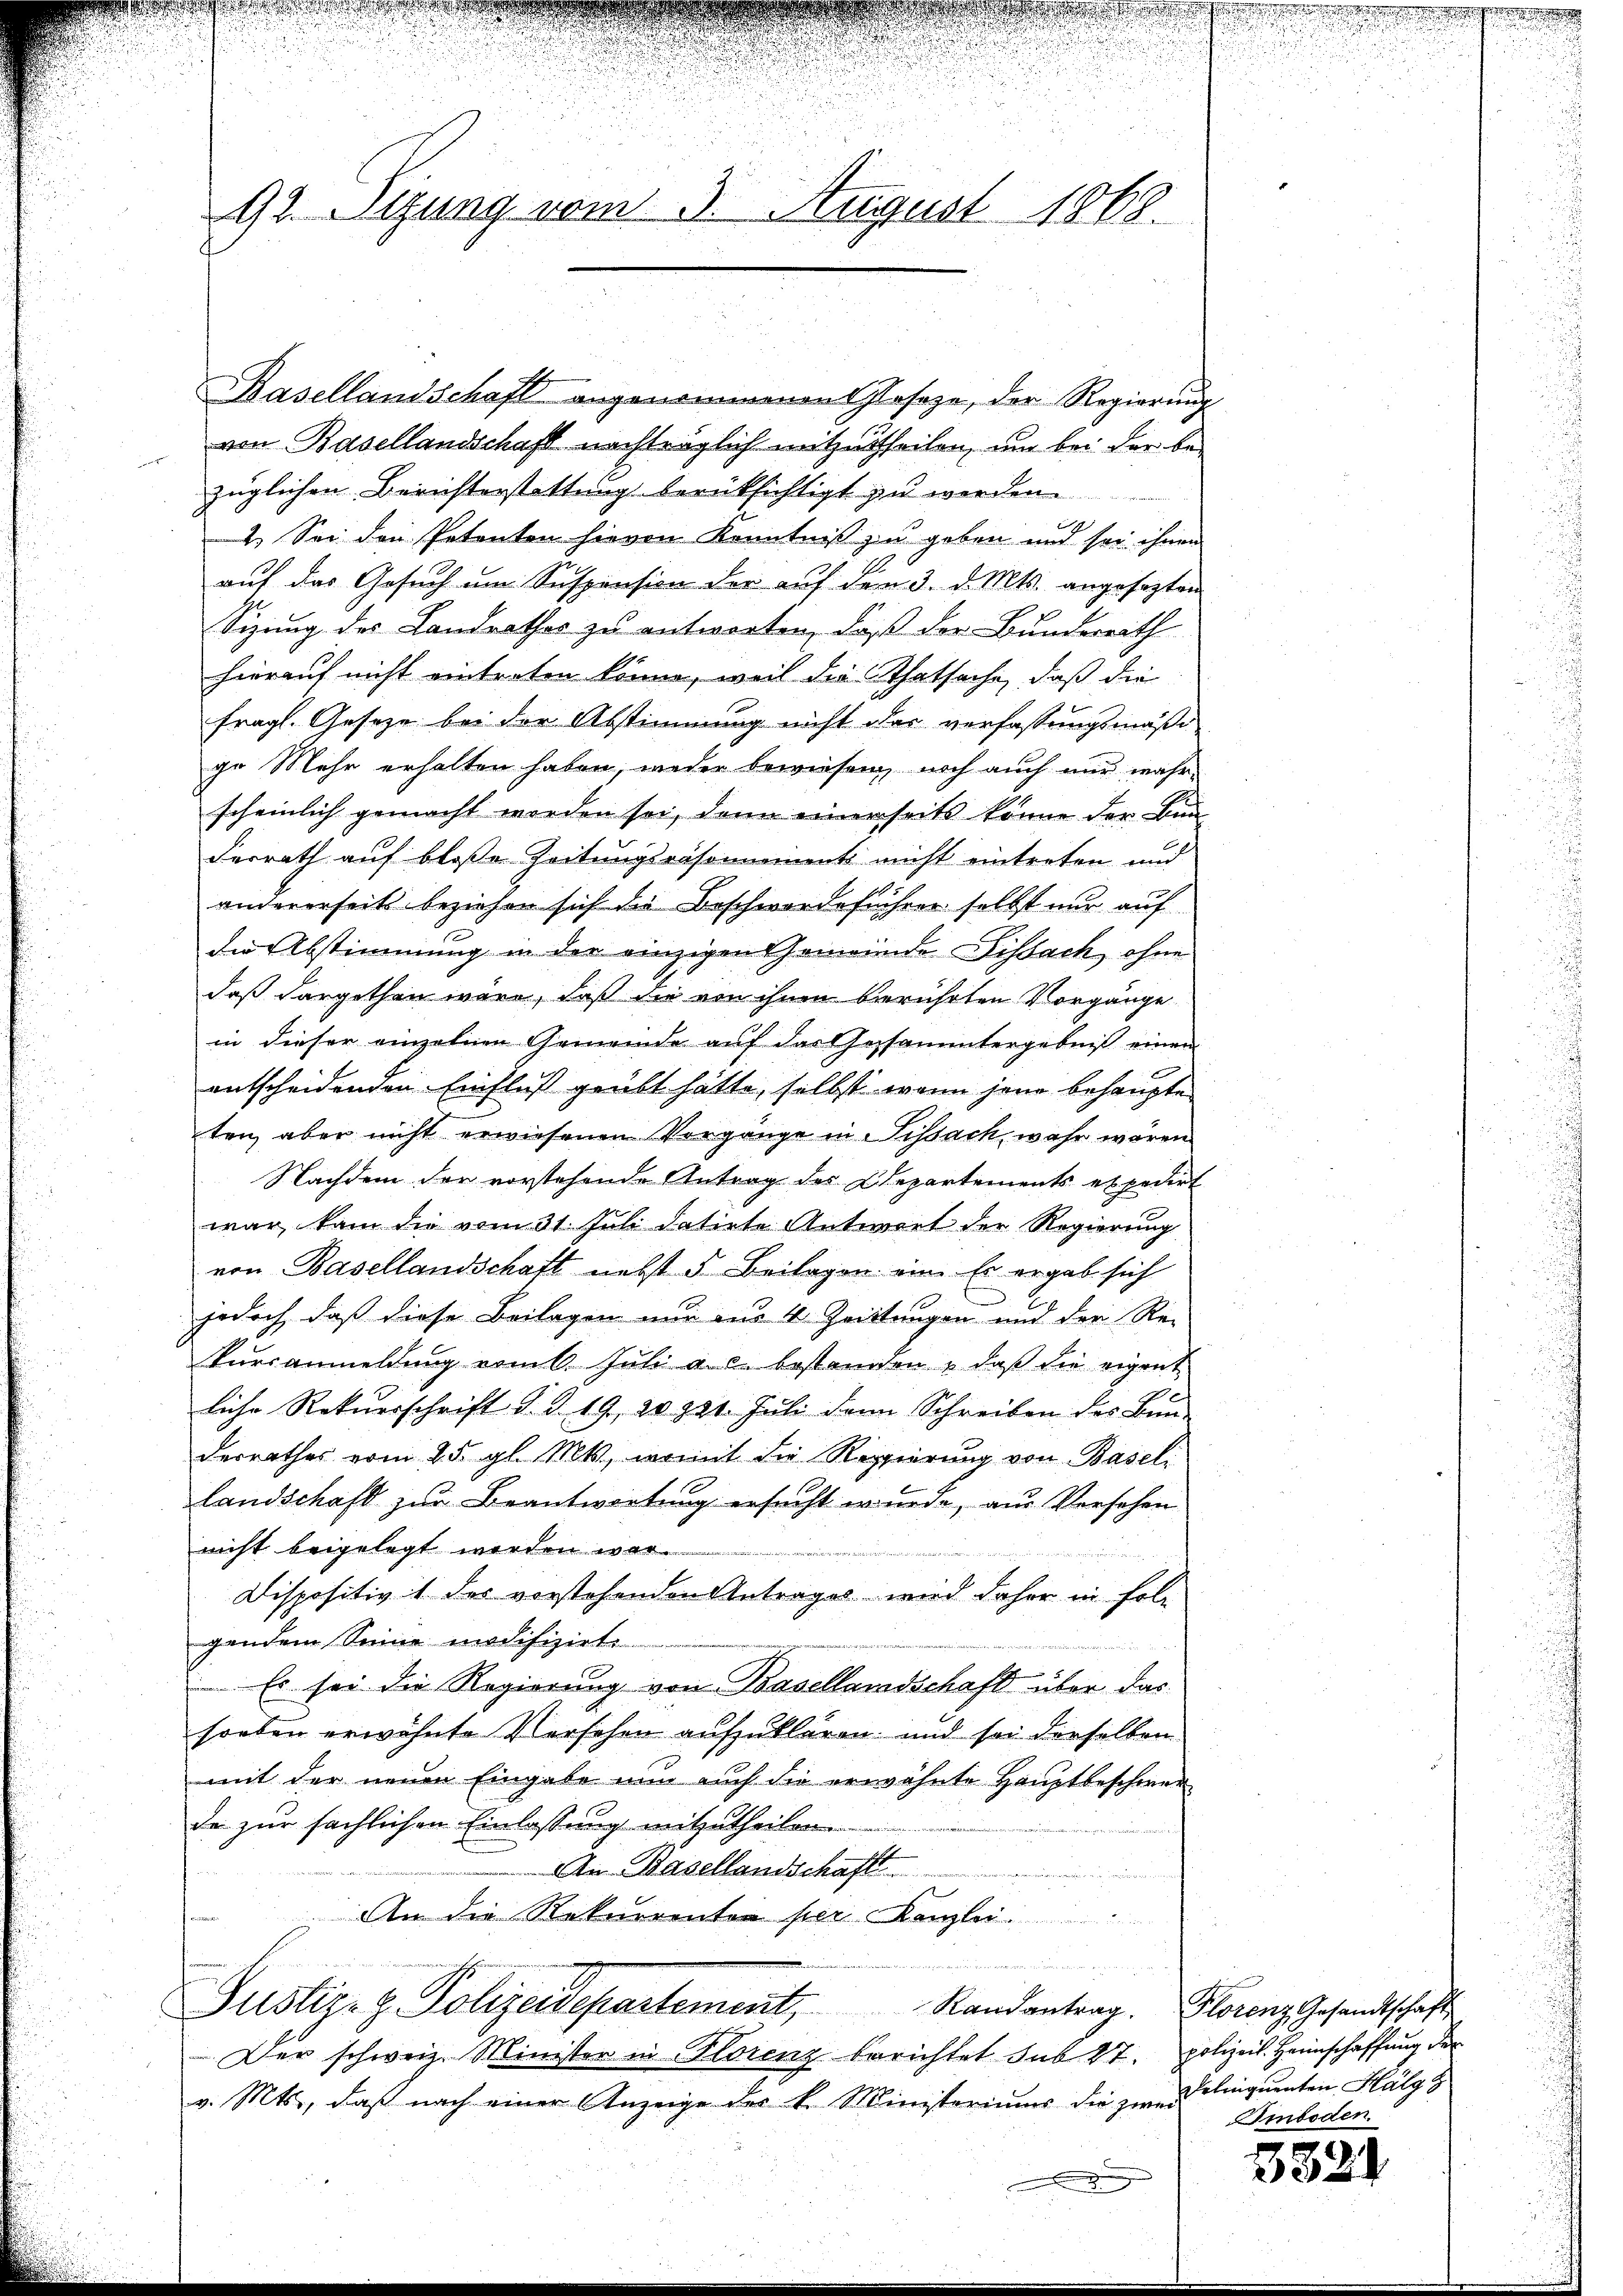
i
92. Sizung vom 5. August 1868.

Basellandschaft angenommenen losaze, der Regierung
von Basellandschaft nachträglich mitzutheilen, um bei der be-
züglichen Berichterstattung berüksichtigt zu werden.
2. Sei den Petenten hievon Kenntniß zu geben und sei ihnen
auf das Gesuch um Suspension der auf den 3. d. Mts. angesezten
Sizung des Landrathes zu antworten, daß der Bundereith
hierauf nicht eintreten könne, weil die Thatsache, daß die
fragl. Gesetze bei der Abstimmung nicht das verfassungsmäßi
ge Mehr erhalten haben, weder bewiesen, noch auch nur wahrscheinlich gemacht worden sei, denn einerseits könne der bei
Ferrath auf bloße Zeitungsräsomment nicht eintreten und
andererseits beziehen sich die Beschwerdeführer selbst nur auf
die Abstimmung in der einzigen Gemeinde Fissach, ohne
daß dargethan wäre, daß die von ihnen berührten Vorgänge
in dieser einzelnen Gemeinde auf das Gesammtergebniß einen
entscheidenden Einfluß geübt hätte, selbst wenn jene behaupte
ten, aber nicht erwiesenen Vorgänge in Sissach, wahr wären
Nachdem der vorstehende Antrag des Departements expedirt
war, kam die vom 31. Juli datirte Antwort der Regierung
von Basellandschaft nebst 5 Beilagen ein Er ergab sich
jedoch, daß diese Beilagen nur aus 4 Zeittungen und der Re-
Tursanmeldung vom 6. Juli a. c. bestanden, daß die eigent
liche Rekursschrift d. d. 19, 20. 321. Jŭli dann Schreiben des Bun-
derrathes vom 25. gl. Mts., womit die Reppierŭng von Basel-
Landschaft zur Beantwortung ersucht wurde, aus Versehen
nicht beigelegt werden war.
Dispositiv 1 des vorstehenden Antrages wird daher in Folg
gendem Sinne modifizirte
Es sei die Regierung von Basellaradschaft über das
soeben erwähnte Versehen aufzuklären; und sei derselben
mit der neuen Eingabe nun auch die erwähnte Hauptbeschwer
de zur sächlichen Einlassung mitzutheilen.
An Basellandschaft
An die Rekurrenten per Kanzlei
et er die ein werde vernen, den der in
Justiz- & Polizeidepartement, Randantrag. Florenz Gesandtschaft
Der schweiz. Minister in Florenz berichtet sub 27. polizeil. Heimschaffung der
v. Mts., daß nach einer Anzeige der k. Ministeriums die zu. Delinquenten Hälgg

Emboden.

321

u